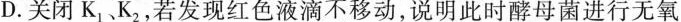
D. 关闭K_{1|，K_{2|，若发现红色液滴不移动，说明此时酵母菌进行无氧